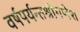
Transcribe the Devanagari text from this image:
वर्षपर्यन्तश्रीगणेश